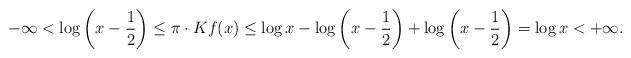
LaTeX: \begin{align*}-\infty< \log\left(x-\frac12 \right) \leq \pi\cdot Kf(x) \leq \log x - \log \left( x- \frac12 \right) + \log \left(x-\frac12 \right) = \log x < +\infty.\end{align*}